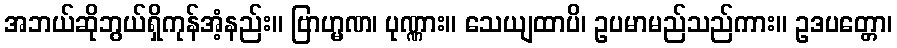
အဘယ်ဆိုဘွယ်ရှိကုန်အံ့နည်း။ ဗြာဟ္မဏ၊ ပုဏ္ဏား။ သေယျထာပိ၊ ဥပမာမည်သည်ကား။ ဥဒပတ္တော၊